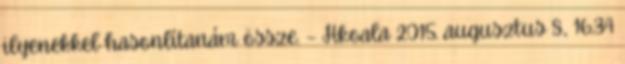
ilyenekkel hasonlítanám össze. – Hkoala 2015. augusztus 8., 16:34